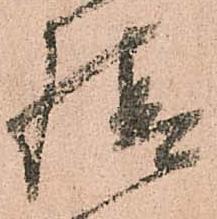
情